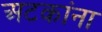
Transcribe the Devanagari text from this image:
अटकांना